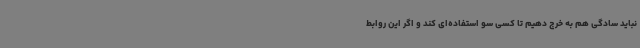
نباید سادگی هم به خرج دهیم تا کسی سو استفاده‌ای کند و اگر این روابط